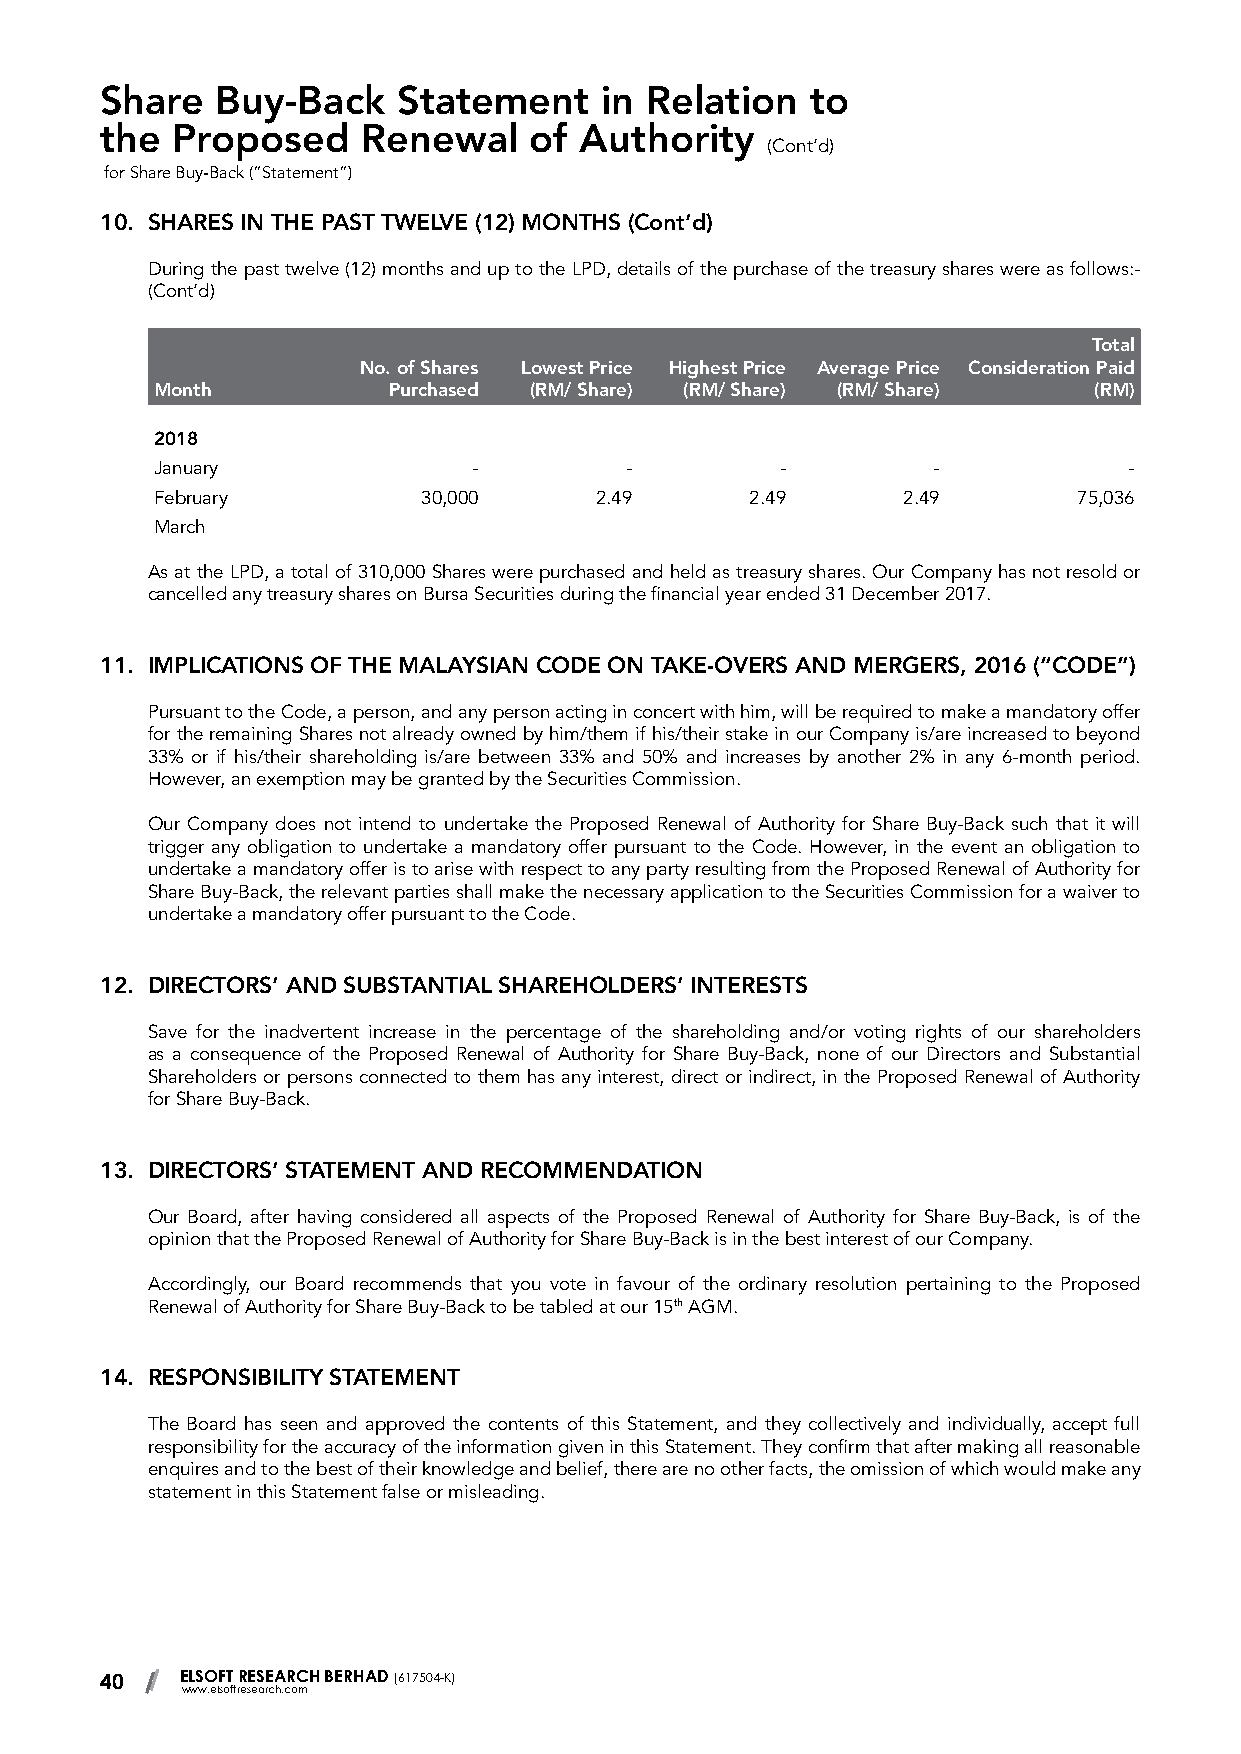
Share  Buy-Back    Statement     in Relation   to
 the Proposed     Renewal    of Authority
 (Cont’d)
 for Share Buy-Back (“Statement”)
 10. SHARES IN THE PAST TWELVE (12) MONTHS (Cont’d)
 During the past twelve (12) months and up to the LPD, details of the purchase of the treasury shares were as follows:-
 (Cont’d)
 Total
 No. of Shares Lowest Price Highest Price Average Price Consideration Paid
 Month           Purchased (RM/ Share) (RM/ Share) (RM/ Share) (RM)
 2018
 January              -         -          -         -            -
 February          30,000     2.49       2.49      2.49       75,036
 March
 As at the LPD, a total of 310,000 Shares were purchased and held as treasury shares. Our Company has not resold or
 cancelled any treasury shares on Bursa Securities during the financial year ended 31 December 2017.
 11. IMPLICATIONS OF THE MALAYSIAN CODE ON TAKE-OVERS AND MERGERS, 2016 (“CODE”)
 Pursuant to the Code, a person, and any person acting in concert with him, will be required to make a mandatory offer
 for the remaining Shares not already owned by him/them if his/their stake in our Company is/are increased to beyond
 33% or if his/their shareholding is/are between 33% and 50% and increases by another 2% in any 6-month period.
 However, an exemption may be granted by the Securities Commission.
 Our Company does not intend to undertake the Proposed Renewal of Authority for Share Buy-Back such that it will
 trigger any obligation to undertake a mandatory offer pursuant to the Code. However, in the event an obligation to
 undertake a mandatory offer is to arise with respect to any party resulting from the Proposed Renewal of Authority for
 Share Buy-Back, the relevant parties shall make the necessary application to the Securities Commission for a waiver to
 undertake a mandatory offer pursuant to the Code.
 12. DIRECTORS’ AND SUBSTANTIAL SHAREHOLDERS’ INTERESTS
 Save for the inadvertent increase in the percentage of the shareholding and/or voting rights of our shareholders
 as a consequence of the Proposed Renewal of Authority for Share Buy-Back, none of our Directors and Substantial
 Shareholders or persons connected to them has any interest, direct or indirect, in the Proposed Renewal of Authority
 for Share Buy-Back.
 13. DIRECTORS’ STATEMENT AND RECOMMENDATION
 Our Board, after having considered all aspects of the Proposed Renewal of Authority for Share Buy-Back, is of the
 opinion that the Proposed Renewal of Authority for Share Buy-Back is in the best interest of our Company.
 Accordingly, our Board recommends that you vote in favour of the ordinary resolution pertaining to the Proposed
 Renewal of Authority for Share Buy-Back to be tabled at our 15th AGM.
 14. RESPONSIBILITY STATEMENT
 The Board has seen and approved the contents of this Statement, and they collectively and individually, accept full
 responsibility for the accuracy of the information given in this Statement. They confirm that after making all reasonable
 enquires and to the best of their knowledge and belief, there are no other facts, the omission of which would make any
 statement in this Statement false or misleading.
 40   ELSOFT RESEARCH BERHAD (617504-K)
 www.elsoftresearch.com